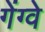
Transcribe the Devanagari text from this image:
गेंग्वे